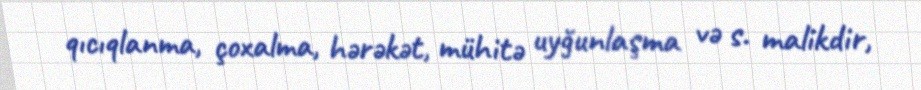
qıcıqlanma, çoxalma, hərəkət, mühitə uyğunlaşma və s. malikdir,